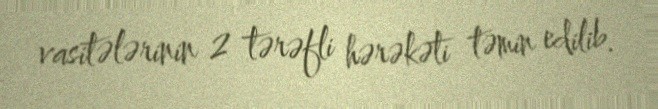
vasitələrinin 2 tərəfli hərəkəti təmin edilib.